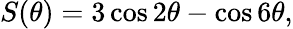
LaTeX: \begin{array}{r}{S(\theta)=3\cos 2\theta-\cos 6\theta,}\end{array}